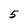
Character: 5